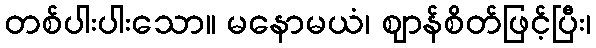
တစ်ပါးပါးသော။ မနောမယံ၊ ဈာန်စိတ်ဖြင့်ပြီး၊